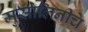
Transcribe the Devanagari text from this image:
मुसोलिनीचे